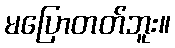
မပြောတတ်ဘူး။